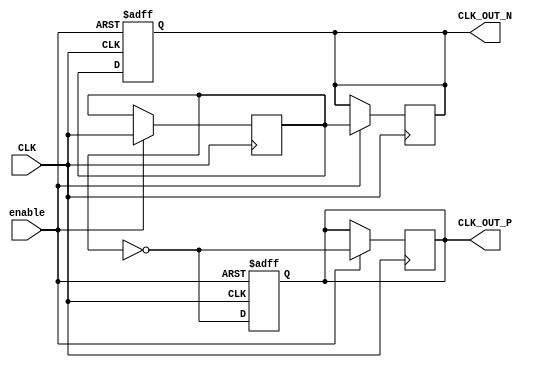
module diff_clock_buffer (
    input wire CLK,           // Single-ended clock input
    input wire enable,        // Enable signal for the buffer
    output reg CLK_OUT_P,     // Differential output positive
    output reg CLK_OUT_N      // Differential output negative
);

    // Parameters
    parameter half_period = 5; // Half period in simulation time units

    // Internal state to track clock edge
    reg last_clk;

    always @(posedge CLK or negedge enable) begin
        if (!enable) begin
            // If disabled, set outputs to high impedance (or logic level if needed)
            CLK_OUT_P <= 1'bz; // High impedance (or can be 0)
            CLK_OUT_N <= 1'bz; // High impedance (or can be 1)
        end else begin
            // Generate differential outputs based on CLK
            CLK_OUT_P <= !last_clk; // Invert last clock state for positive output
            CLK_OUT_N <= last_clk;   // Maintain last clock state for negative output
            
            // Update the last clock state
            last_clk <= CLK;
        end
    end

    // Optional: Add a delay for output stabilization (if needed)
    always @(posedge CLK or negedge enable) begin
        if (enable) begin
            #half_period CLK_OUT_P <= !last_clk; // Introducing a delay for simulation purposes
            #half_period CLK_OUT_N <= last_clk;   // Introducing a delay for simulation purposes
        end
    end

endmodule